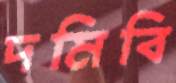
দমিবি